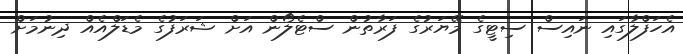
އެހަފްލާގައި ނައިސް ސިޓީގެ މޭޔަރުގެ ފަރާތުން ސްޓެލޯން އަށް ޝަރަފުގެ މެޑަލްއެއް ދިނުމަށް